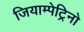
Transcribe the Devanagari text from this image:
जियाम्पेट्रिनो